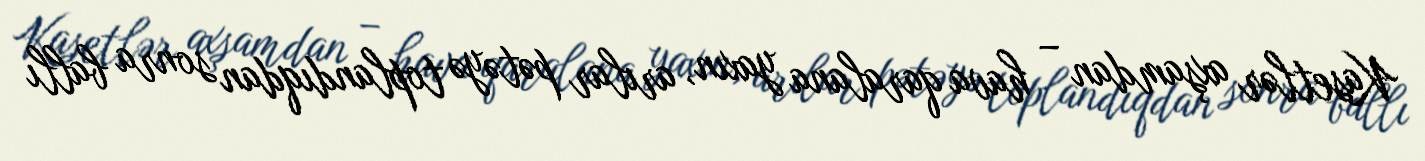
Kasetlər axşamdan – hava qaralana yaxın, arılar pətəyə toplandıqdan sonra ballı